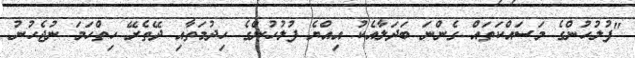
"ފުލުހުންގެ މަސައްކަތައް ގެންނަ ބަދަލާއެކު އިއްޔެ ފުލުހުންގެ ހިދުމަތާއި ދޭތެރޭ ހިތްހަމަ ނުޖެހުނު